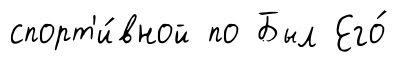
спорт'и́вной по Был Его́